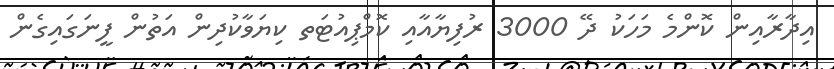
އިދާރާއިން ކޮންމެ މަހަކު ދޭ 3000 ރުފިޔާއާއި ކޮމްޕިއުޓަތ ކިޔަވާކުދިން އަތުން ފީނަގައިގެން